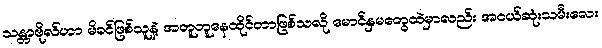
သန္တာဗိုလ်ဟာ မိခင်ဖြစ်သူနဲ့ အတူတူနေထိုင်တာဖြစ်သလို မောင်နှမတွေထဲမှာလည်း အငယ်ဆုံးသမီးလေး